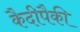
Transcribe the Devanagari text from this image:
कैदीपैकी